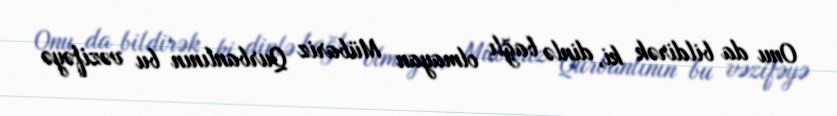
Onu da bildirək ki, dinlə bağlı olmayan Mübariz Qurbanlının bu vəzifəyə